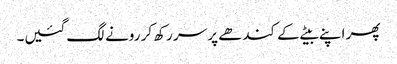
پھر اپنے بیٹے کے کندھے پر سر رکھ کر رونے لگ گئیں۔